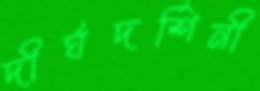
দীর্ঘদর্শিনী